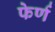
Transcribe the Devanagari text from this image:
फेर्ण